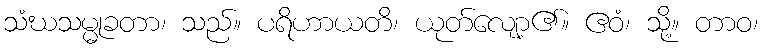
သံဃသမ္မုခတာ၊ သည်။ ပရိဟာယတိ၊ ယုတ်လျော့၏။ ဧဝံ၊ သို့။ တာဝ၊